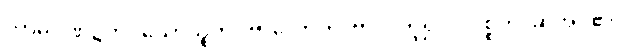
ကာမဂုဏ်၌တပ်သောသူကို။ ဗာလောတိ၊ ဗာလဟူ၍။ ပဝုစ္စတိ၊ ဆိုအပ်၏။